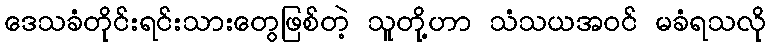
ဒေသခံတိုင်းရင်းသားတွေဖြစ်တဲ့ သူတို့ဟာ သံသယအဝင် မခံရသလို